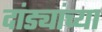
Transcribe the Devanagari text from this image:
दांड्यांच्या